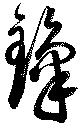
鋒